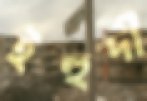
ইহুদী